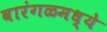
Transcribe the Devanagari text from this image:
वारंगळमध्ये